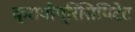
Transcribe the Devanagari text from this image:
क्रायोप्रिसिपिटेट